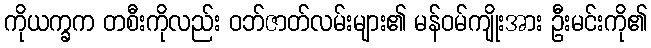
ကိုယက္ခက တစီးကိုလည်း ဝဘ်ဇာတ်လမ်းများ၏ မန်ဝမ်ကျိုးအား ဦးမင်းကို၏